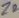
Text: Z2